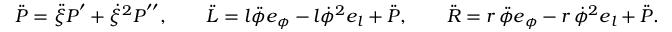
\ddot { \boldsymbol { P } } = \ddot { \xi } \boldsymbol { P } ^ { \prime } + \dot { \xi } ^ { 2 } \boldsymbol { P } ^ { \prime \prime } , \qquad \ddot { \boldsymbol { L } } = l \ddot { \phi } \boldsymbol { e } _ { \phi } - l \dot { \phi } ^ { 2 } \boldsymbol { e } _ { l } + \ddot { \boldsymbol { P } } , \qquad \ddot { \boldsymbol { R } } = r \, \ddot { \phi } \boldsymbol { e } _ { \phi } - r \, \dot { \phi } ^ { 2 } \boldsymbol { e } _ { l } + \ddot { \boldsymbol { P } } .